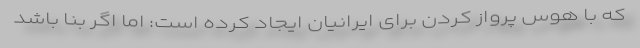
که با هوس پرواز کردن برای ایرانیان ایجاد کرده است: اما اگر بنا باشد